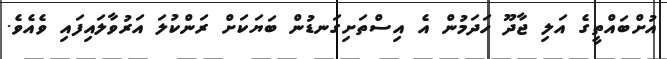
އުށްބައްތީގެ އަލި ޖާދޫ ހަދަމުން އެ އިސްތަށިގަނޑުން ބަޔަކަށް ރަންކުލަ އަރުވާލައިފައި ވެއެވެ.